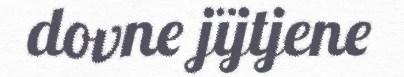
dovne jïjtjene